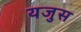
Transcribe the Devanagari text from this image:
यजुस